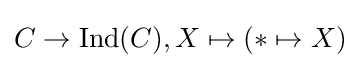
C\to \operatorname {Ind} (C),X\mapsto (*\mapsto X)